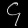
Digit: ၄